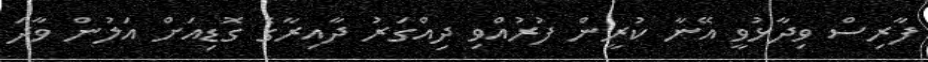
ފާރިސް ވިދާޅުވީ އޭނާ ކުރީން ފުުރުއްވި ދިއްގަރު ދާއިރާގެ ގޮޑިއަށް އަލުން ވާދަ